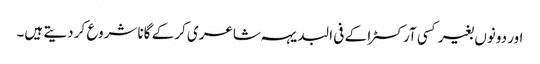
اور دونوں بغیر کسی آرکسٹرا کے فی البدیہہ شاعری کر کے گانا شروع کر دیتے ہیں۔